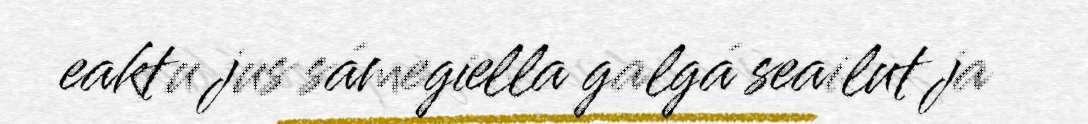
eaktu jus sámegiella galgá seailut ja